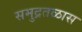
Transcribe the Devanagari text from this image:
समुद्रतळास